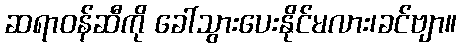
ဆရာဝန်ဆီကို ခေါ်သွားပေးနိုင်မလား၊ခင်ဗျာ။